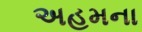
અહમના